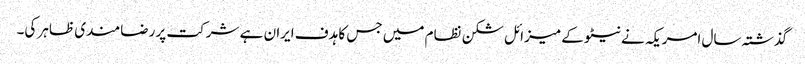
گذشتہ سال امریکہ نے نیٹو کے میزائل شکن نظام میں جس کا ہدف ایران ہے شرکت پر رضامندی ظاہر کی۔